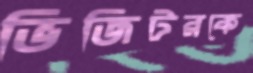
ভিজিটরকে